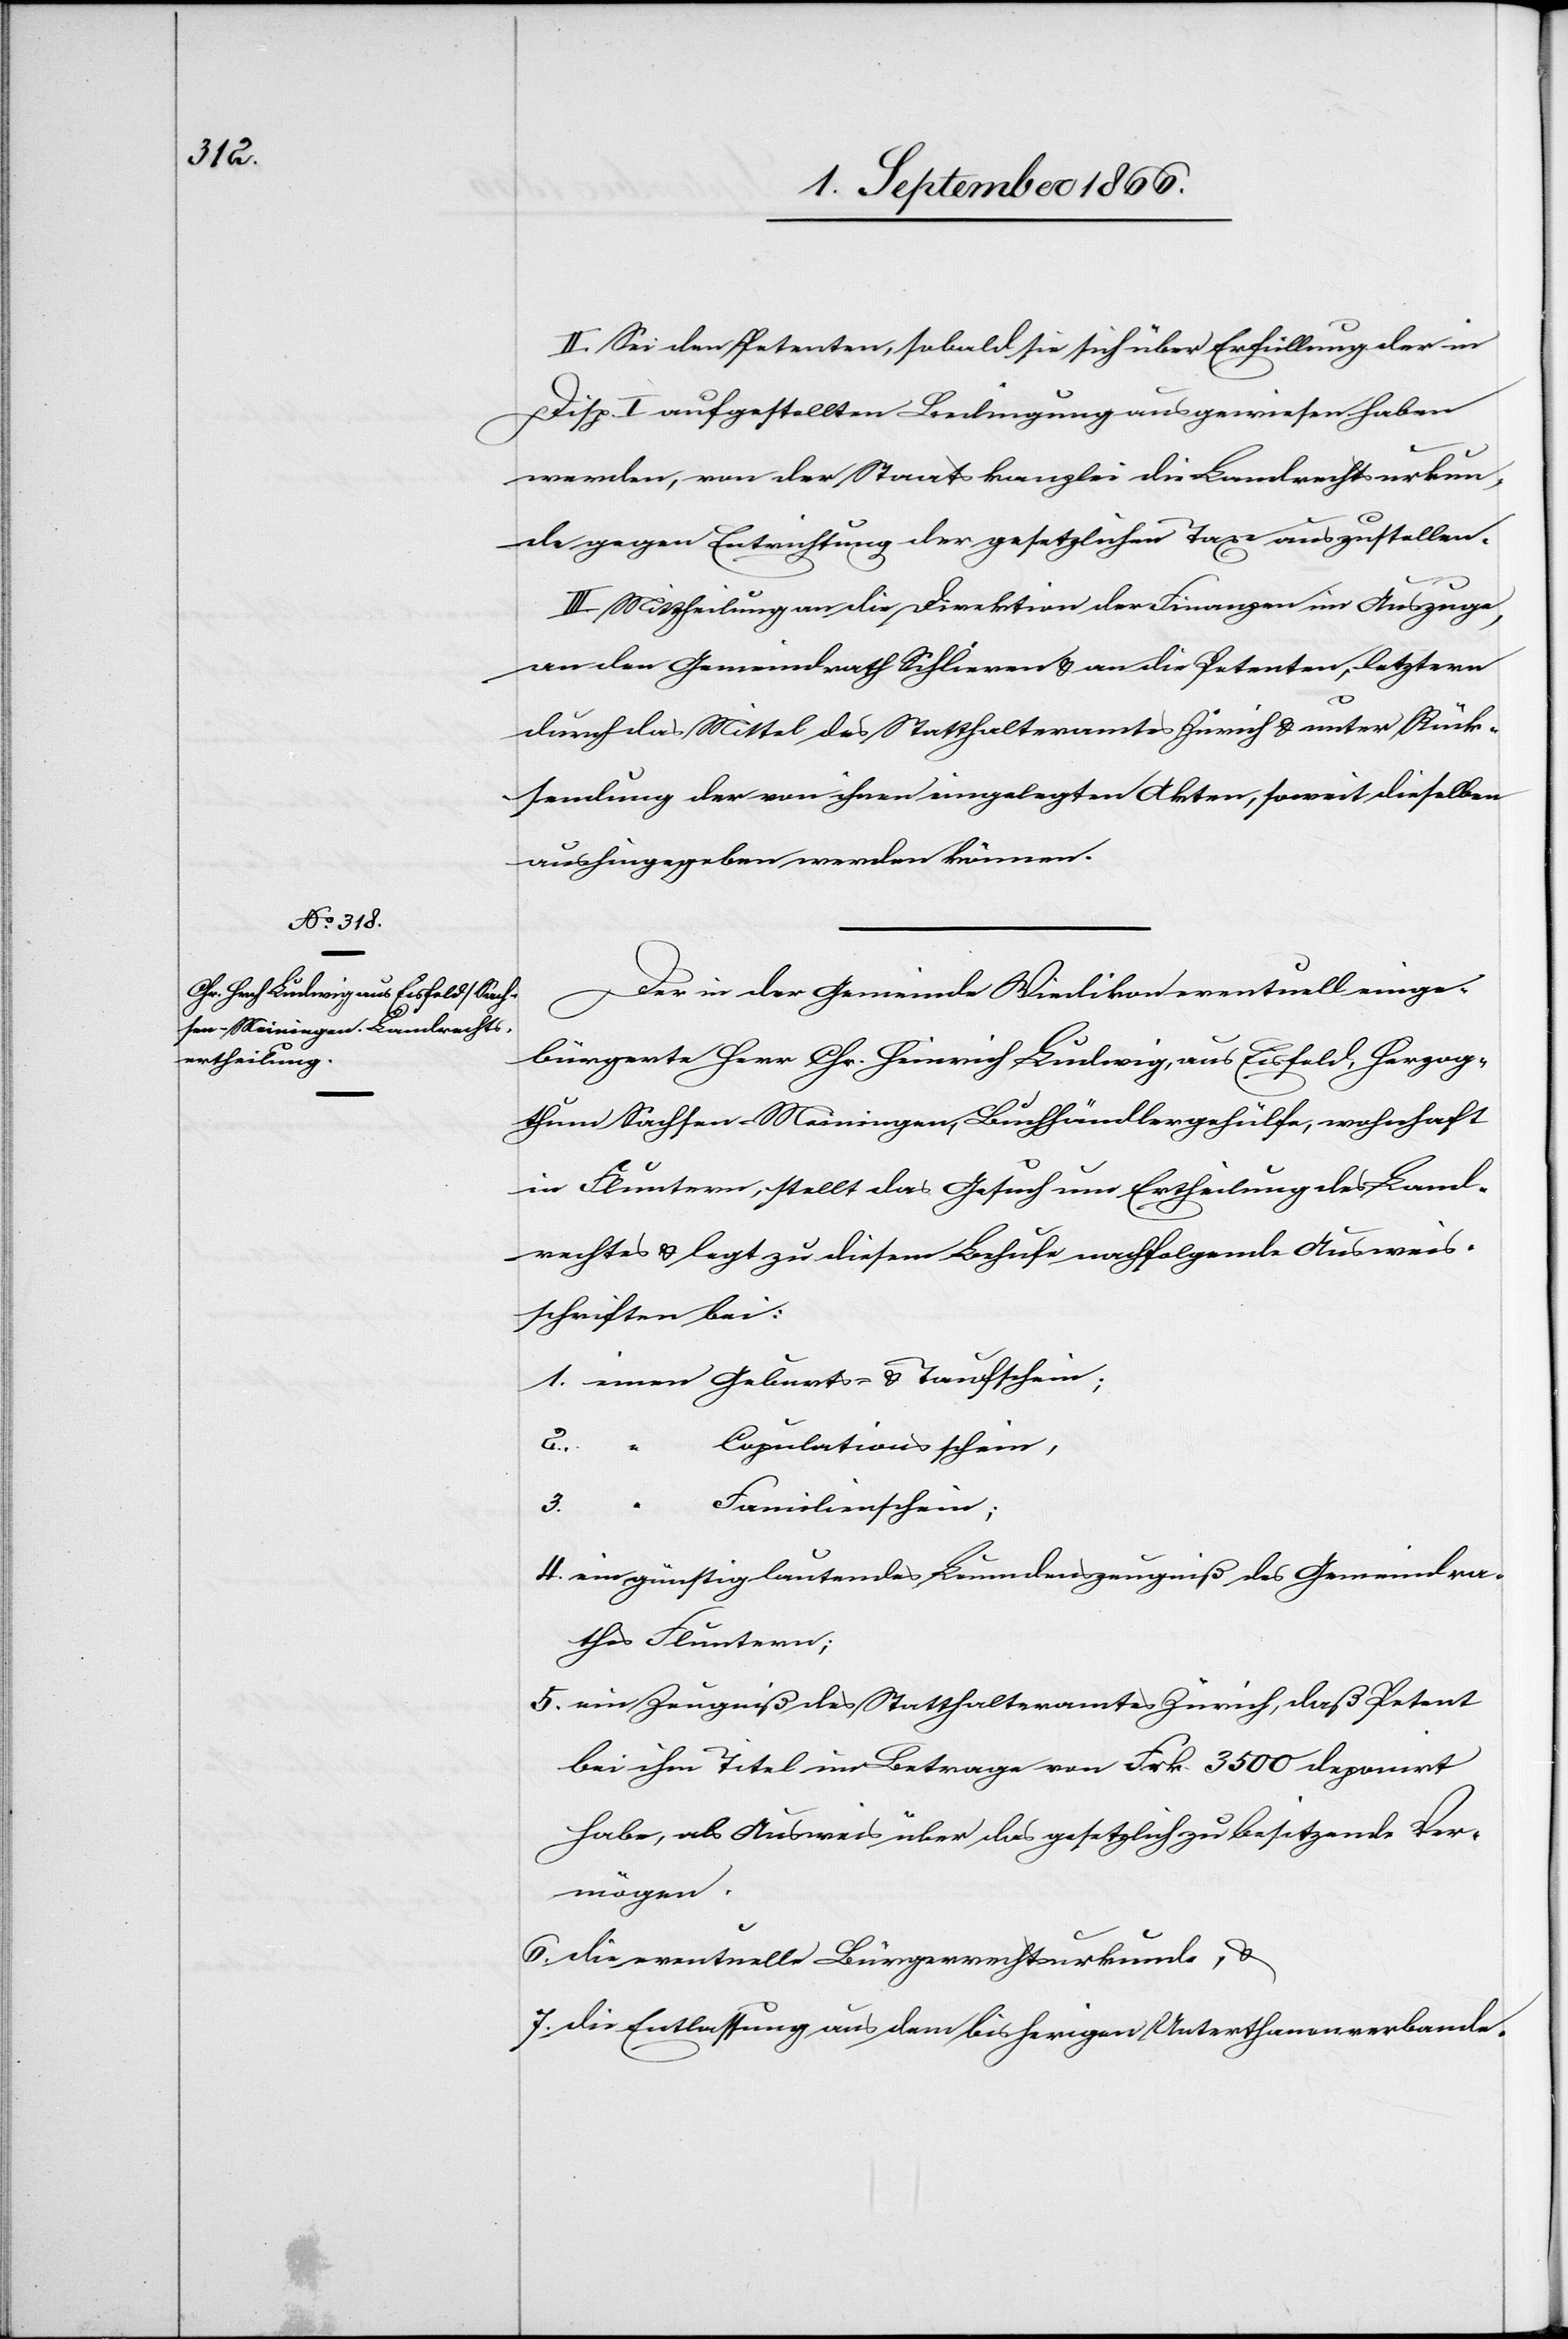
II. Sei den Petenten, sobald sie sich über Erfüllung der in
Disp. I aufgestellten Bedingung ausgewiesen haben
werden, von der Staatskanzlei die Landrechtsurkun¬
de gegen Entrichtung der gesetzlichen Taxe auszustellen.
III. Mittheilung an die Direktion der Finanzen im Auszuge,
an den Gemeindrath Schlieren u. an die Petenten, letztere
durch das Mittel des Statthalteramtes Zürich u. unter Rück¬
sendung der von ihnen eingelegten Akten, soweit dieselben
aushingegeben werden können.
Der in der Gemeinde Wiedikon eventuell einge¬
bürgerte Herr Chr. Ludwig, aus Eisfeld, Herzog¬
thum Sachsen-Meiningen, Buchhändlergehülfe, wohnhaft
in Fluntern, stellt das Gesuch um Ertheilung des Land¬
rechtes u. legt zu diesem Behufe nachfolgende Ausweis¬
schriften bei:
6.
Taufschein;
Copulationsschein,
3.
Familienschein;
ein günstig lautendes Leumdenszeugniß des Gemeindra¬
thes Fluntern;
ein Zeugniß des Statthalteramtes Zürich, daß Petent
bei ihm Titel im Betrage von Frk. 3500 deponirt
habe, als Ausweis über das gesetzlich zu besitzende Ver¬
mögen.
die eventuelle Bürgerrechtsurkunde u.
die Entlassung aus dem bisherigen Unterthanenverbande.